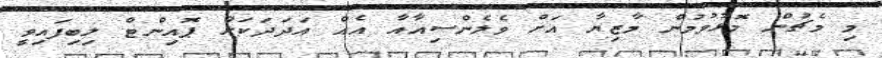
މި މެޗުން މޮޅުވުމުން މާޒިޔާ އަށް ވެލެންސިއާއާ އެއް އަދަދަކަށް ޕޮއިންޓް ލިބިފައިވީ